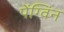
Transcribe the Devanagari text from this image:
पेंग्विंन